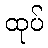
ထုပ်